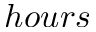
h o u r s